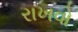
રાખવો